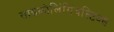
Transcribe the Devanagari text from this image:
साइकोलिंगिंवस्टिक्स